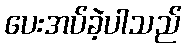
ပေးအပ်ခဲ့ပါသည်